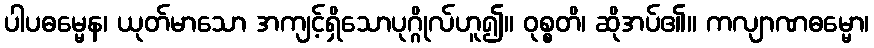
ပါပဓမ္မေန၊ ယုတ်မာသော အကျင့်ရှိသောပုဂ္ဂိုလ်ဟူ၍။ ဝုစ္စတိ၊ ဆိုအပ်၏။ ကလျာဏဓမ္မော၊